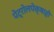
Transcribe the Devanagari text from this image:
पेट्रोलपेक्षाही